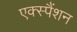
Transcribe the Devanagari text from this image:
एक्स्पैंशन